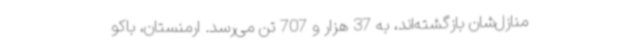
منازل‌شان بازگشته‌اند، به 37 هزار و 707 تن می‌رسد. ارمنستان، باکو